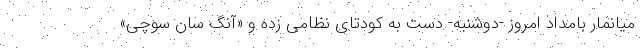
میانمار بامداد امروز -دوشنبه- دست به کودتای نظامی زده و «آنگ سان سوچی»